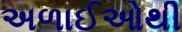
અળાઈઓથી